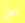
الآن